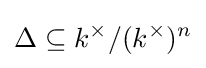
\Delta \subseteq k^{\times }/(k^{\times })^{n}